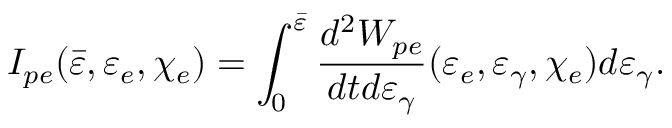
I _ { p e } ( \bar { \varepsilon } , \varepsilon _ { e } , \chi _ { e } ) = \int _ { 0 } ^ { \bar { \varepsilon } } \frac { d ^ { 2 } W _ { p e } } { d t d \varepsilon _ { \gamma } } ( \varepsilon _ { e } , \varepsilon _ { \gamma } , \chi _ { e } ) d \varepsilon _ { \gamma } .